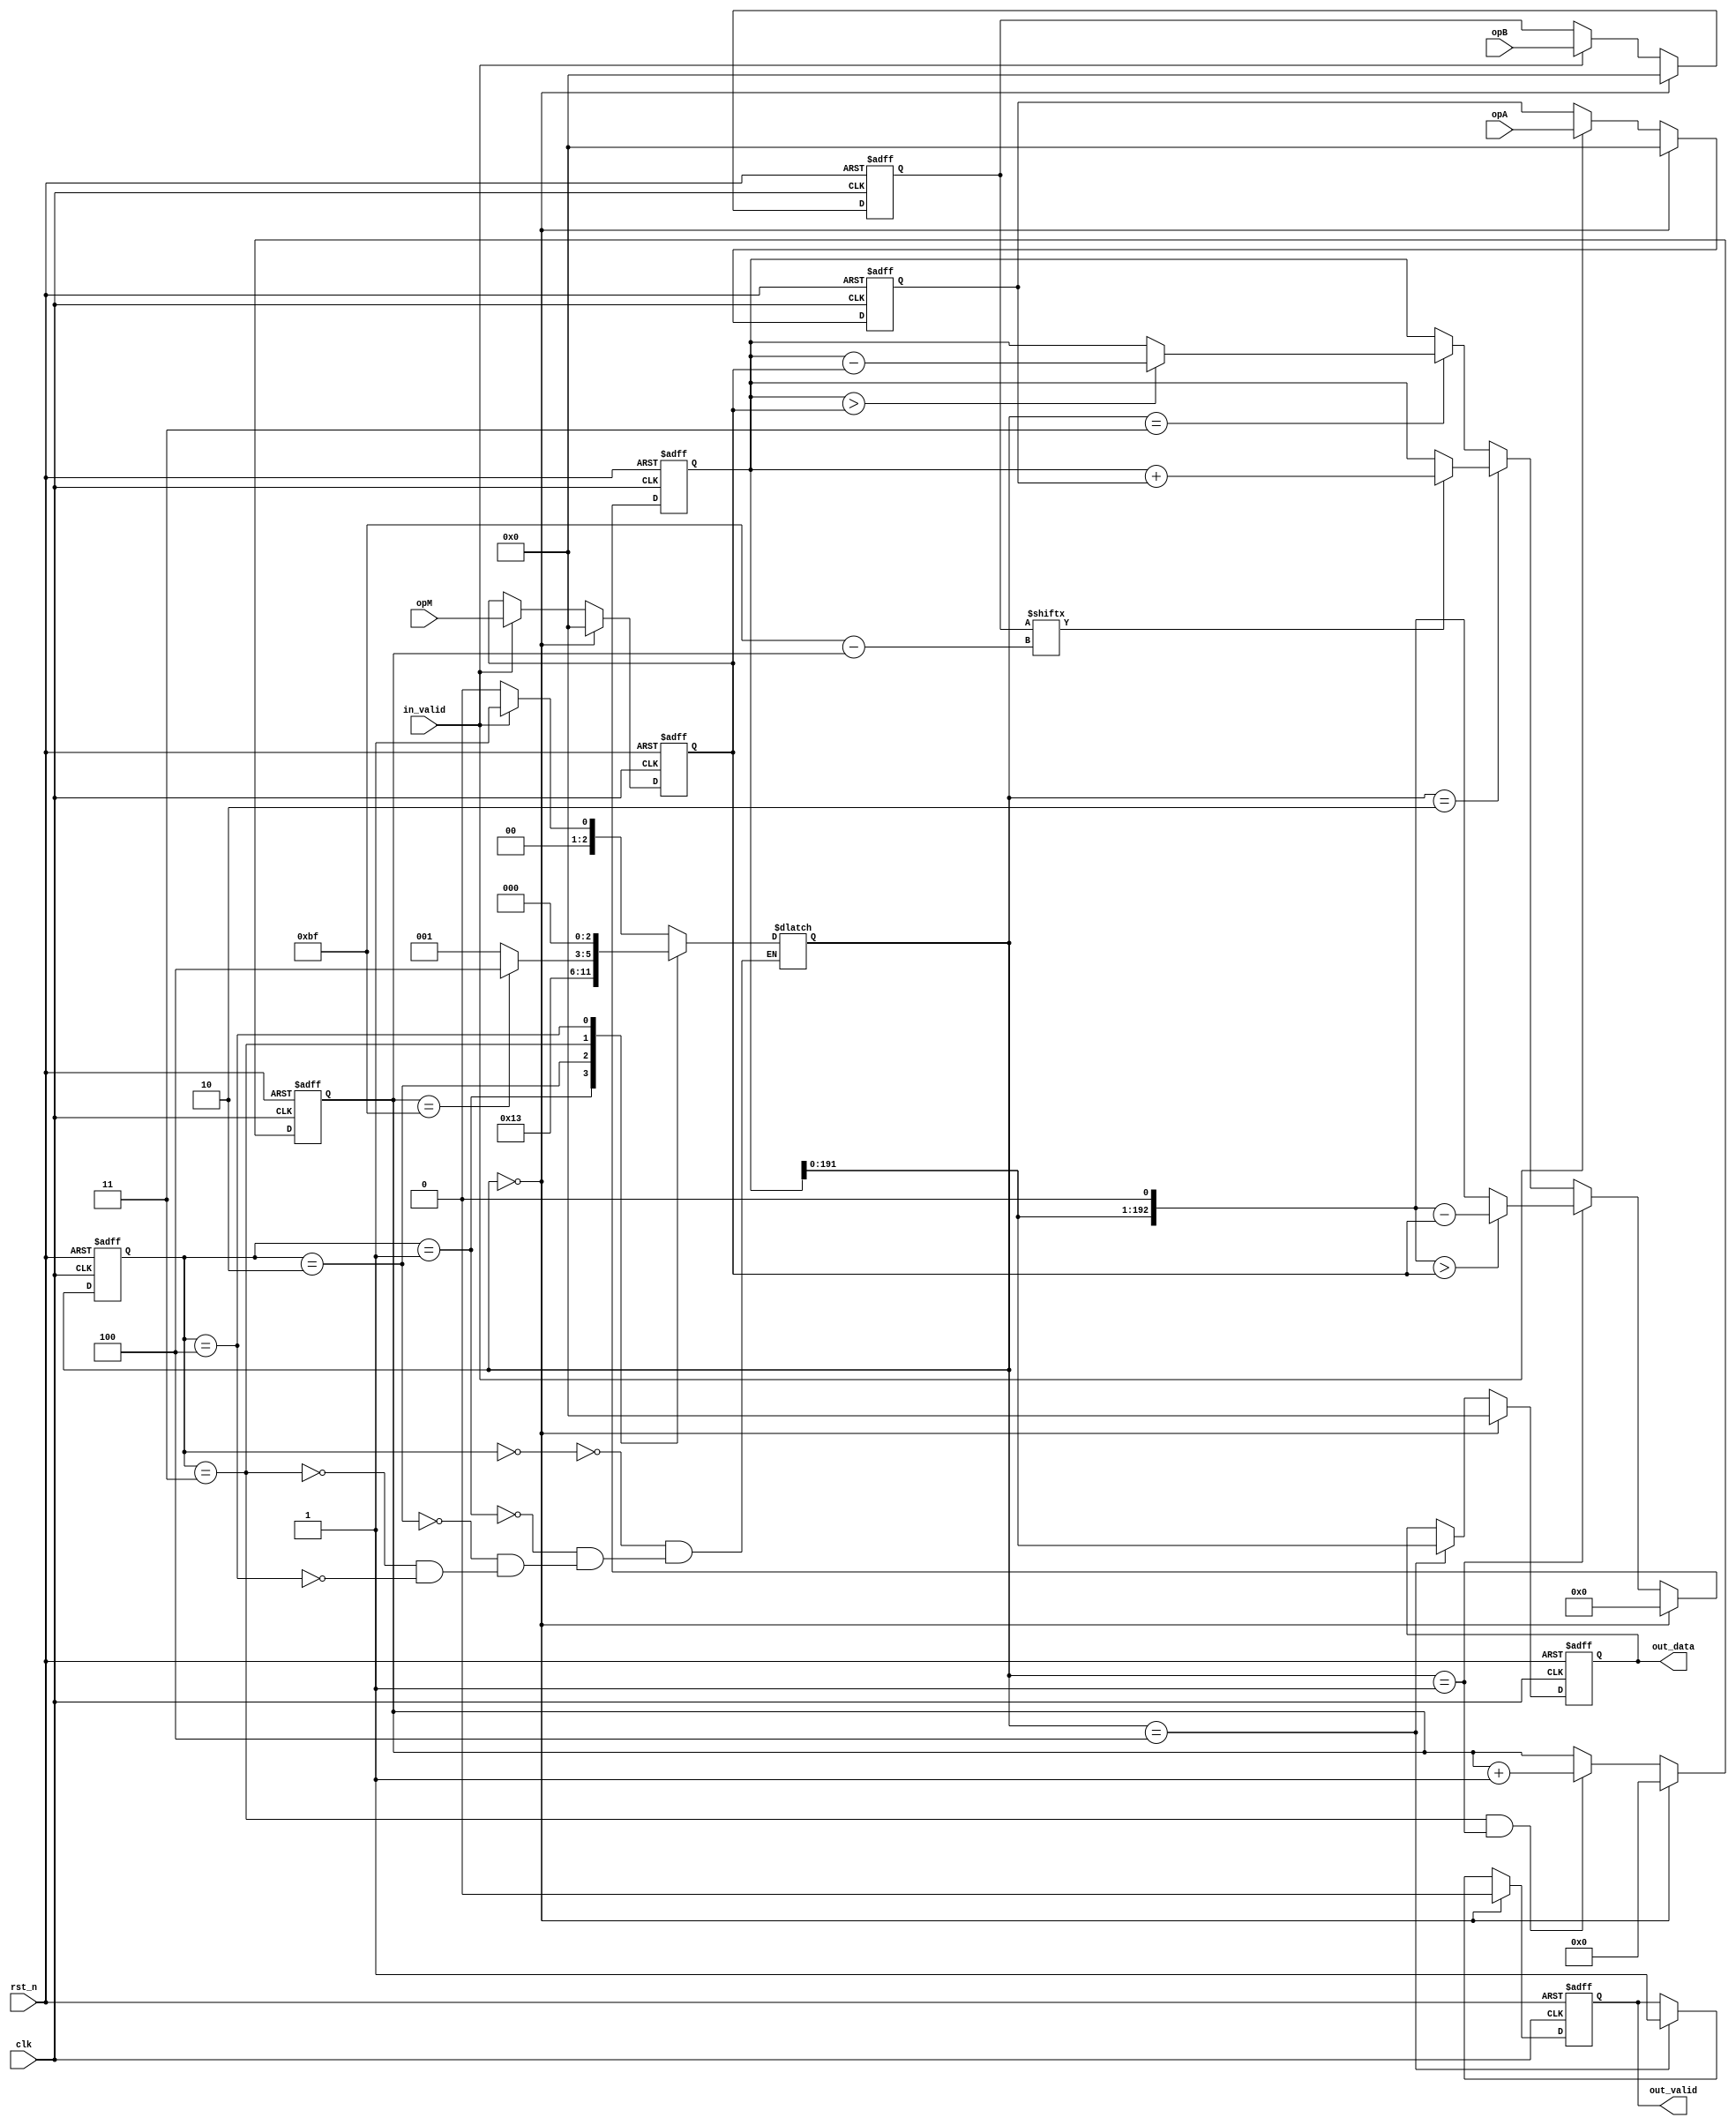
/*
 * @brief return (opA * opB) mod opM
 *
 * @tparam N bit width of opA, opB and opM
 *
 * @param opA Product input, should be less than opM
 * @param opB Product input, should be less than opM
 * @param opM Modulus, should be larger than 2^(N-1)
 */

/* 	2023/2/28
    GP(opM) => opA < opM && opB < opM
*/
module productMod # (
    parameter DATA_WIDTH = 192
) (
	input  wire                     clk,
	input  wire                     rst_n,
	
	input  wire  [DATA_WIDTH-1:0]   opA,
	input  wire  [DATA_WIDTH-1:0]   opB,
	input  wire  [DATA_WIDTH-1:0]   opM,

	output reg   [DATA_WIDTH-1:0]   out_data,
	
	input  wire                     in_valid,
	output reg                      out_valid
);

// STATE
parameter IDLE 		= 3'd0;
parameter STAGE_1 	= 3'd1;
parameter COMPARE 	= 3'd2;
parameter STAGE_2 	= 3'd3;
parameter DONE 		= 3'd4;

reg [2:0] state_cs, state_ns;
reg [7:0] cnt;

reg [DATA_WIDTH-1+1:0]  compare_reg;
reg [DATA_WIDTH-1:0]    opA_reg;
reg [DATA_WIDTH-1:0]    opB_reg;
reg [DATA_WIDTH-1:0]    opM_reg;

wire all_done;
assign all_done = cnt == DATA_WIDTH-1;

always @(posedge clk or negedge rst_n) begin
	if(!rst_n)
		state_cs <= IDLE;
	else 
		state_cs <= state_ns;
end

always @(*) begin
	case(state_cs)
		IDLE:    state_ns = (in_valid) ? STAGE_1 : IDLE;
		STAGE_1: state_ns = COMPARE;
		COMPARE: state_ns = STAGE_2;
		STAGE_2: state_ns = (all_done) ? DONE : STAGE_1;
		DONE: 	 state_ns = IDLE;
		// default: state_ns = IDLE;
	endcase
end

always @(posedge clk or negedge rst_n) begin
	if(!rst_n)
		cnt <= 0;
	else if(state_ns == IDLE)
		cnt <= 0;
	else if(state_cs == STAGE_2 && state_ns == STAGE_1)
		cnt <= cnt + 1;
end

always @(posedge clk or negedge rst_n) begin
	if(!rst_n) begin
		opA_reg <= 0;
		opB_reg <= 0;
		opM_reg <= 0;
	end else if(state_ns == IDLE) begin
		opA_reg <= 0;
		opB_reg <= 0;
		opM_reg <= 0;
	end else if(in_valid) begin
		opA_reg <= opA;
		opB_reg <= opB;
		opM_reg <= opM;
	end
end

wire [DATA_WIDTH-1+1:0] compare_shift = {compare_reg[DATA_WIDTH-1:0], 1'b0};

always @(posedge clk or negedge rst_n) begin
	if(!rst_n)
		compare_reg <= 0;
	else if(state_ns == IDLE)
		compare_reg <= 0;
	else if(state_ns == STAGE_1) begin
		if(compare_shift > opM_reg)
            compare_reg <= compare_shift - opM_reg;
		else 
			compare_reg <= compare_shift;
	end else if(state_ns == COMPARE) begin
		if(opB_reg[DATA_WIDTH-1 - cnt])
			compare_reg <= compare_reg + opA_reg;
	end else if(state_ns == STAGE_2)begin
		if(compare_reg > opM_reg)
			compare_reg <= compare_reg - opM_reg;
	end
end

// output
always @(posedge clk or negedge rst_n) begin
	if(!rst_n) begin
		out_data  <= 0;
		out_valid <= 0;
	end else if(state_ns == IDLE) begin
		out_data  <= 0;
		out_valid <= 0;
	end else if(state_ns == DONE) begin
		out_data  <= compare_reg[DATA_WIDTH-1:0];
		out_valid <= 1;
	end
end


endmodule